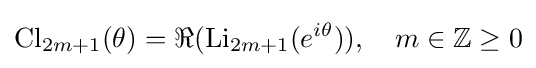
\operatorname {Cl} _{2m+1}(\theta )=\Re (\operatorname {Li} _{2m+1}(e^{i\theta })),\quad m\in \mathbb {Z} \geq 0